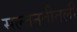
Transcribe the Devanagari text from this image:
सल्तनतीतली